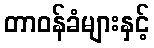
တာဝန်ခံများနှင့်